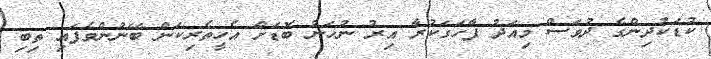
ކުޑަކުދިންގެ ދުވަސް މިއަދު ފާހަގަކުރާ އިރު ނުހަނު ބޮޑަށް އެހީތެރިކަން ބޭނުންވެފައި ތިބި